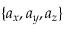
\{ a _ { x } , a _ { y } , a _ { z } \}